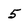
Character: 5